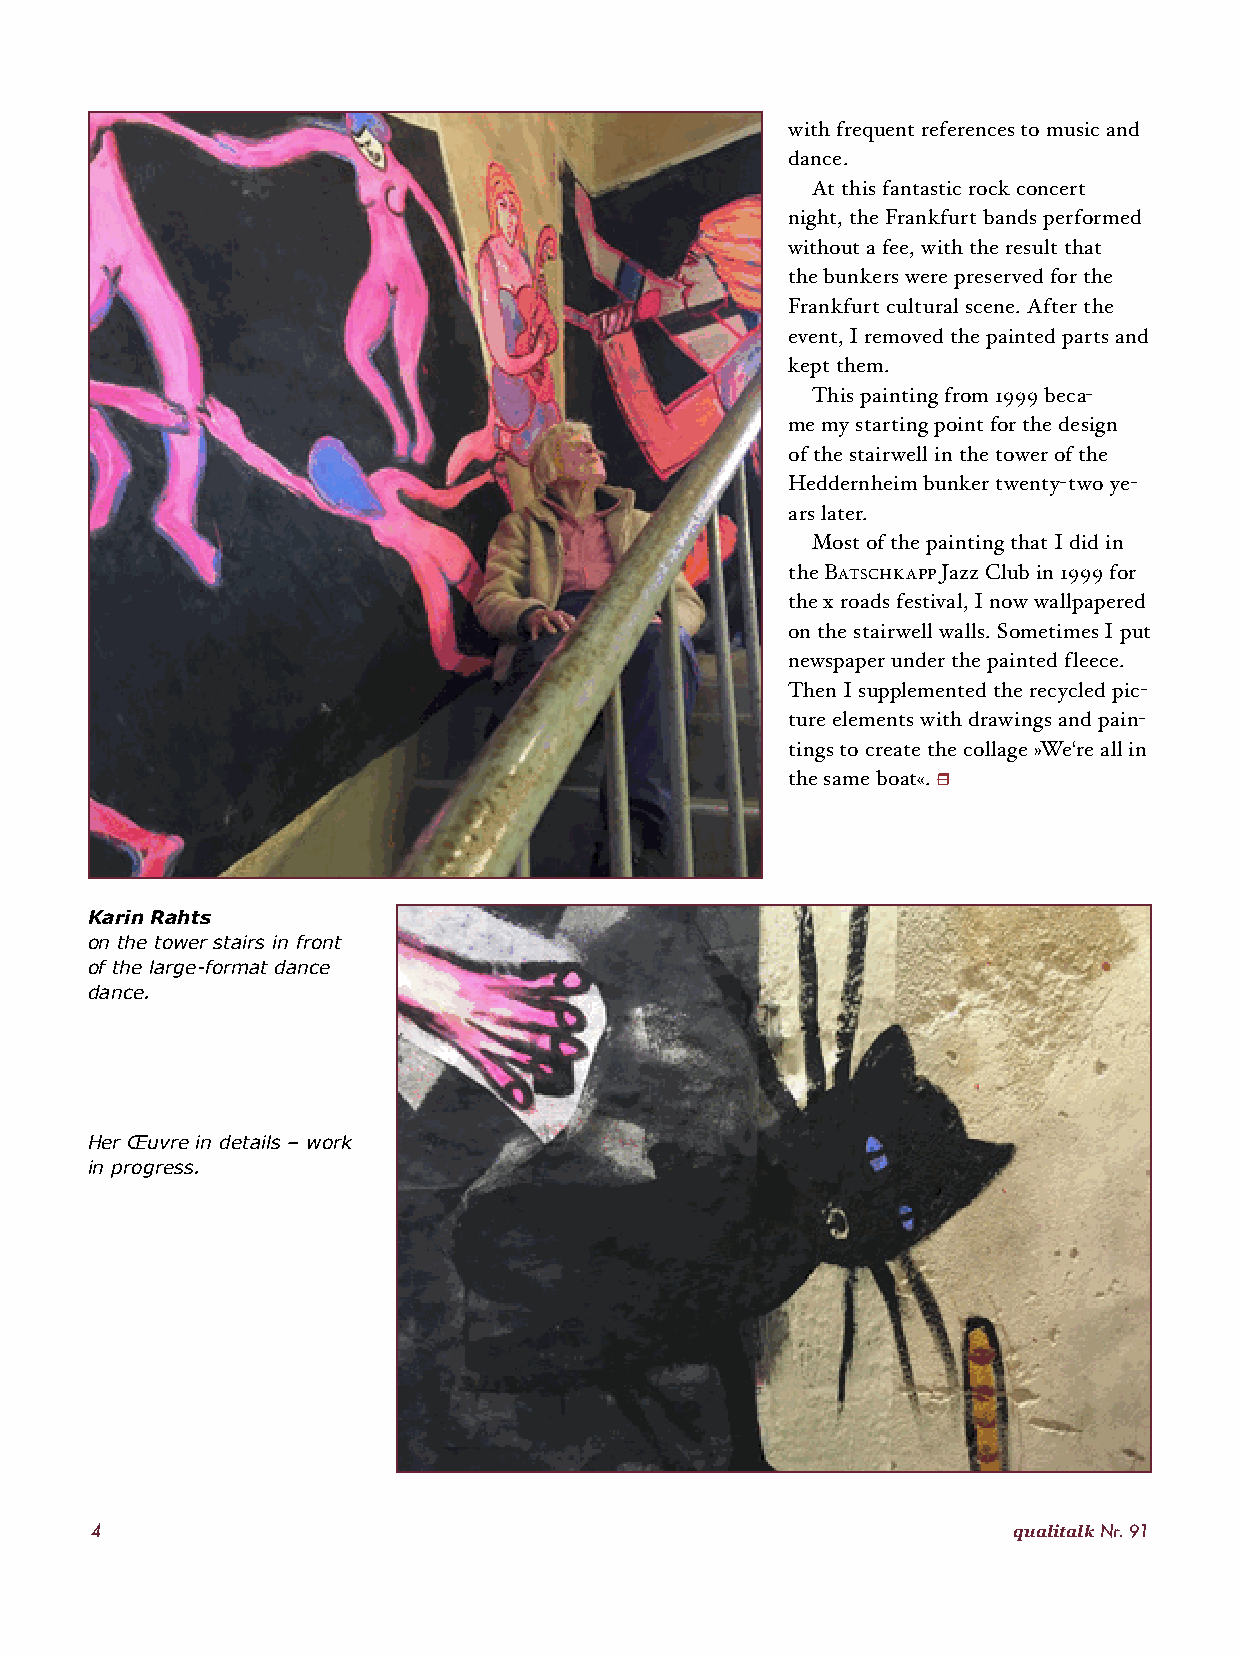
with frequent references to music and
 dance.
 At this fantastic rock concert
 night, the Frankfurt bands performed
 without a fee, with the result that
 the bunkers were preserved for the
 Frankfurt cultural scene. After the
 event, I removed the painted parts and
 kept them.
 This painting from 1999 beca-
 me my starting point for the design
 of the stairwell in the tower of the
 Heddernheim bunker twenty-two ye-
 ars later.
 Most of the painting that I did in
 the Batschkapp Jazz Club in 1999 for
 the x roads festival, I now wallpapered
 on the stairwell walls. Sometimes I put
 newspaper under the painted fleece.
 Then I supplemented the recycled pic-
 ture elements with drawings and pain-
 tings to create the collage »We‘re all in
 the same boat«. r
 Karin Rahts
 on the tower stairs in front
 of the large-format dance
 dance.
 Her Œuvre in details – work
 in progress.
 4                                                            qualitalk Nr. 91